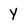
Character: Y